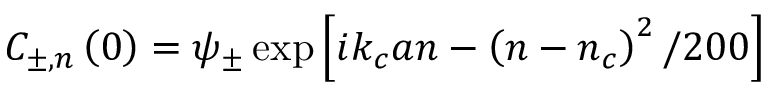
C _ { \pm , n } \left( 0 \right) = \psi _ { \pm } \exp \left[ i k _ { c } a n - \left( n - n _ { c } \right) ^ { 2 } / 2 0 0 \right]